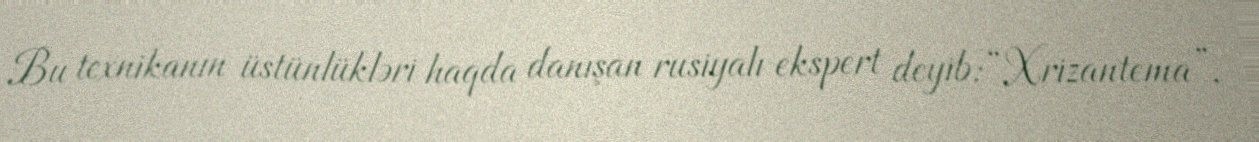
Bu texnikanın üstünlükləri haqda danışan rusiyalı ekspert deyib: “Xrizantema”,